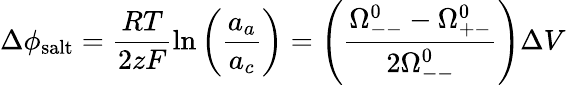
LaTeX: \Delta\phi_{\mathrm{salt}}=\frac{RT}{2zF}\ln\left(\frac{a_{a}}{a_{c}}\right)=\left(\frac{\Omega_{--}^{0}-\Omega_{+-}^{0}}{2\Omega_{--}^{0}}\right)\Delta V